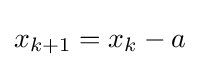
x_{k+1}=x_{k}-a